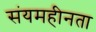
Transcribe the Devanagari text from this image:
संयमहीनता